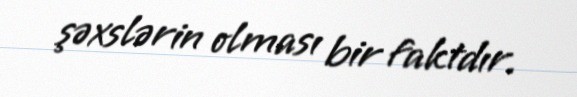
şəxslərin olması bir faktdır.